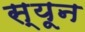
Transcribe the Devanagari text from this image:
स्यून